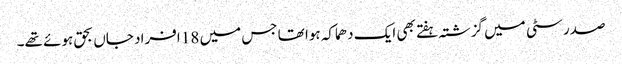
صدر سٹی میں گزشتہ ہفتے بھی ایک دھماکہ ہوا تھا جس میں 18 افراد جاں بحق ہوئے تھے۔